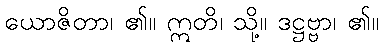
ယောဇိတာ၊ ၏။ ဣတိ၊ သို့။ ဒဋ္ဌဗ္ဗာ၊ ၏။